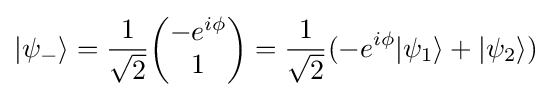
|\psi _{-}\rangle ={\frac {1}{\sqrt {2}}}{\begin{pmatrix}-e^{i\phi }\\1\end{pmatrix}}={\frac {1}{\sqrt {2}}}(-e^{i\phi }|\psi _{1}\rangle +|\psi _{2}\rangle )